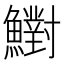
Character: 𩼷